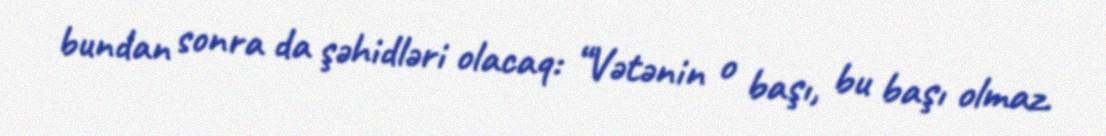
bundan sonra da şəhidləri olacaq: “Vətənin o başı, bu başı olmaz.